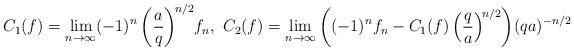
LaTeX: \begin{align*}C_{1}(f)=\lim_{n\to\infty}(-1)^{n}\left(\frac{a}{q}\right)^{\! n/2}\! f_{n},\ C_{2}(f)=\lim_{n\to\infty}\left((-1)^{n}f_{n}-C_{1}(f)\left(\frac{q}{a}\right)^{\! n/2}\right)\!(qa)^{-n/2}\end{align*}